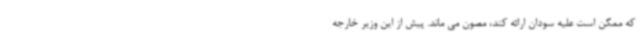
که ممکن است علیه سودان ارائه کند، مصون می ماند. پیش از این وزیر خارجه